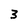
Character: 3